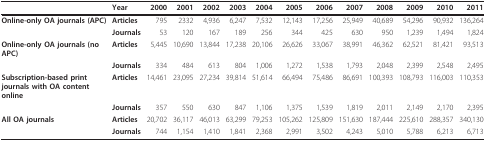
<table><thead><tr><td></td><td><b>Year</b></td><td><b>2000</b></td><td><b>2001</b></td><td><b>2002</b></td><td><b>2003</b></td><td><b>2004</b></td><td><b>2005</b></td><td><b>2006</b></td><td><b>2007</b></td><td><b>2008</b></td><td><b>2009</b></td><td><b>2010</b></td><td><b>2011</b></td></tr></thead><tbody><tr><td><b>Online-only OA journals (APC)</b></td><td><b>Articles</b></td><td>795</td><td>2332</td><td>4,936</td><td>6,247</td><td>7,532</td><td>12,143</td><td>17,256</td><td>25,949</td><td>40,689</td><td>54,296</td><td>90,932</td><td>136,264</td></tr><tr><td></td><td><b>Journals</b></td><td>53</td><td>120</td><td>167</td><td>189</td><td>256</td><td>344</td><td>425</td><td>630</td><td>950</td><td>1,239</td><td>1,494</td><td>1,824</td></tr><tr><td><b>Online-only OA journals (no APC) </b></td><td><b>Articles</b></td><td>5,445</td><td>10,690</td><td>13,844</td><td>17,238</td><td>20,106</td><td>26,626</td><td>33,067</td><td>38,991</td><td>46,362</td><td>62,521</td><td>81,421</td><td>93,513</td></tr><tr><td></td><td><b>Journals</b></td><td>334</td><td>484</td><td>613</td><td>804</td><td>1,006</td><td>1,272</td><td>1,538</td><td>1,793</td><td>2,048</td><td>2,399</td><td>2,548</td><td>2,495</td></tr><tr><td><b>Subscription-based print journals with OA content online</b></td><td><b>Articles</b></td><td>14,461</td><td>23,095</td><td>27,234</td><td>39,814</td><td>51,614</td><td>66,494</td><td>75,486</td><td>86,691</td><td>100,393</td><td>108,793</td><td>116,003</td><td>110,353</td></tr><tr><td></td><td><b>Journals</b></td><td>357</td><td>550</td><td>630</td><td>847</td><td>1,106</td><td>1,375</td><td>1,539</td><td>1,819</td><td>2,011</td><td>2,149</td><td>2,170</td><td>2,395</td></tr><tr><td><b>All OA journals</b></td><td><b>Articles</b></td><td>20,702</td><td>36,117</td><td>46,013</td><td>63,299</td><td>79,253</td><td>105,262</td><td>125,809</td><td>151,630</td><td>187,444</td><td>225,610</td><td>288,357</td><td>340,130</td></tr><tr><td></td><td><b>Journals</b></td><td>744</td><td>1,154</td><td>1,410</td><td>1,841</td><td>2,368</td><td>2,991</td><td>3,502</td><td>4,243</td><td>5,010</td><td>5,788</td><td>6,213</td><td>6,713</td></tr></tbody></table>